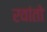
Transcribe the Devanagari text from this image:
रवांतो